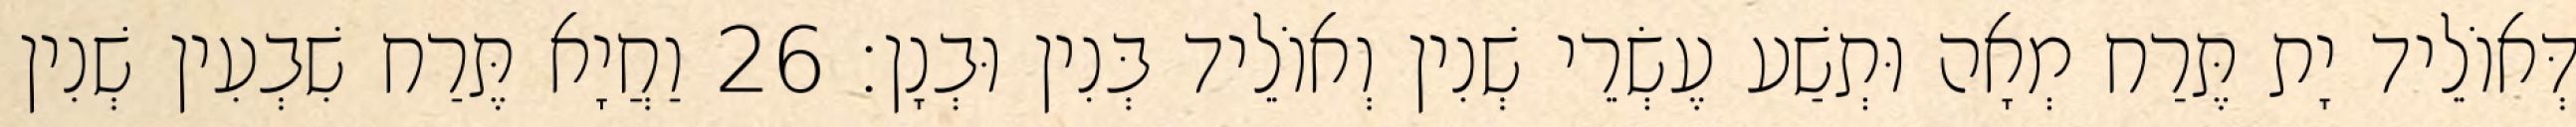
דְּאוֹלֵיד יָת תֶּרַח מְאָה וּתְשַׁע עֶשְׂרֵי שְׁנִין וְאוֹלֵיד בְּנִין וּבְנָן׃ 26 וַחֲיָא תֶּרַח שִׁבְעִין שְׁנִין